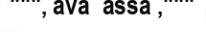
""", ava  assa ,"""